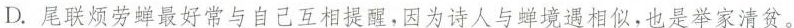
D.尾联烦劳蝉最好常与自己互相提醒，因为诗人与蝉境遇相似，也是举家清贫。